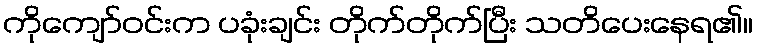
ကိုကျော်ဝင်းက ပခုံးချင်း တိုက်တိုက်ပြီး သတိပေးနေရ၏။